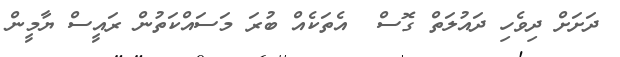
ދަށަށް ދިވެހި ދައުލަތް ގޮސް  އެތަކެއް ބުރަ މަސައްކަތުން ރައީސް ޔާމީން